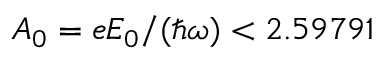
A _ { 0 } = e E _ { 0 } / ( \hbar \omega ) < 2 . 5 9 7 9 1